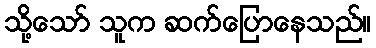
သို့သော် သူက ဆက်ပြောနေသည်။